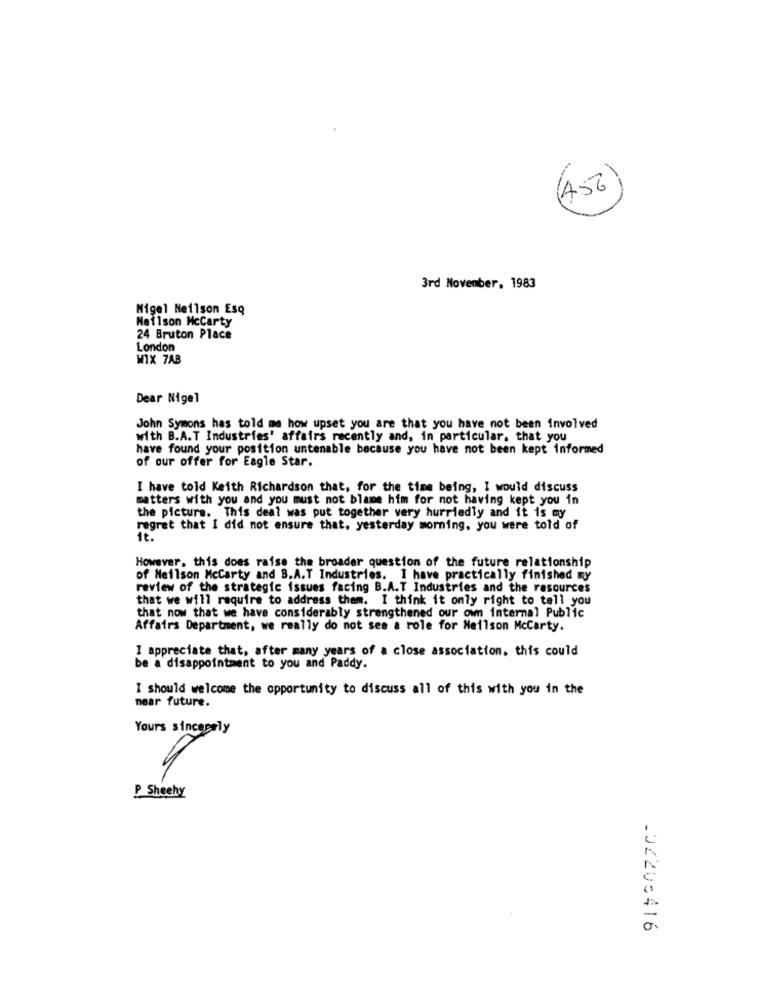
(A56
3rd November, 1983
Nigel Neilson Esq
Nailson Mccarty
24 Bruton Place
London
WIX 7AB
Dear Nigel
John Symons has told me how upset you are that you have not been involved
with B.A.T Industries' affairs recently and, in particular, that you
have found your position untenable because you have not been kept informed
of our offer for Eagle Star.
I have told Keith Richardson that, for the time being, I would discuss
matters with you and you must not blame him for not having kept you in
the picture. This deal was put together very hurriedly and it is my
regret that I did not ensure that, yesterday morning, you were told of
it.
However, this does raise the broader question of the future relationship
of Neilson Mccarty and B.A.T Industries. 1 have practically finished my
review of the strategic issues facing B.A.T Industries and the resources
that we will require to address them. I think it only right to tell you
that now that we have considerably strengthened our own internal Public
Affairs Department, we really do not see a role for Neilson McCarty.
I appreciate that, after many years of a close association, this could
be a disappointment to you and Paddy.
I should welcome the opportunity to discuss all of this with you in the
near future.
Yours sincerely
P Sheehy
.02208416